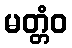
မတ္တံဝ